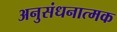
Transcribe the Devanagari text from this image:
अनुसंधनात्मक